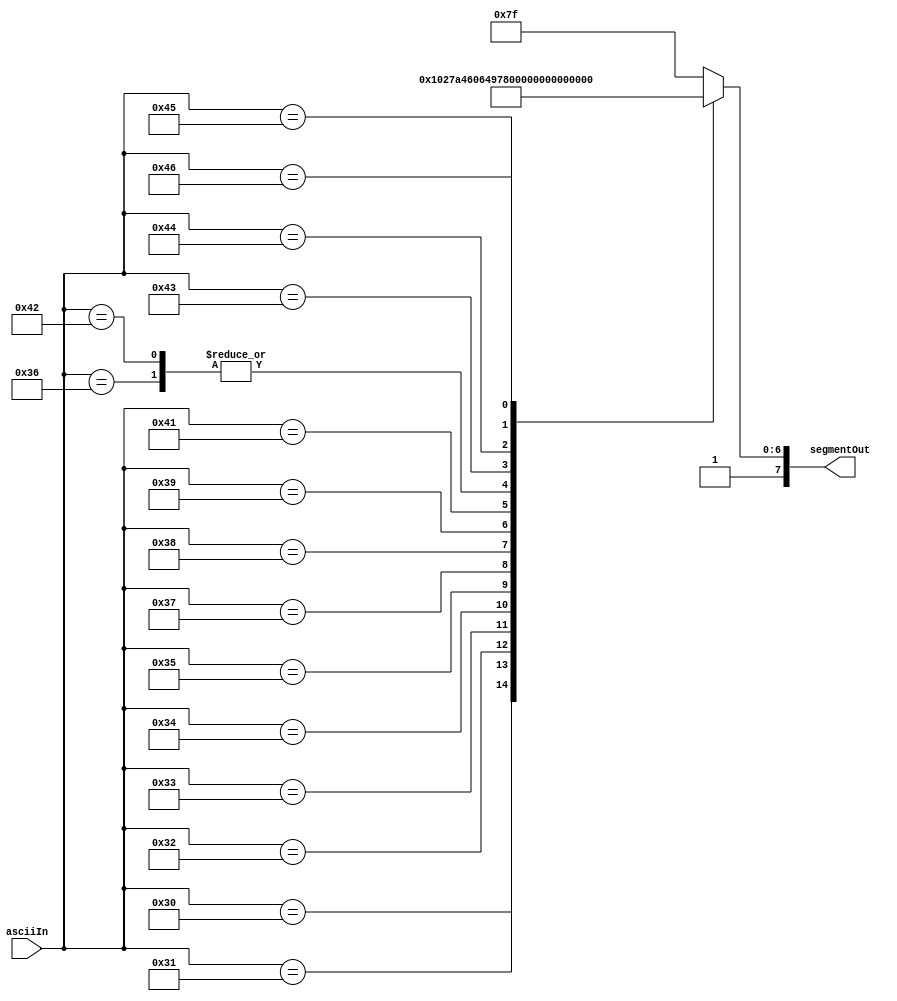
`timescale 1ns / 1ps
//////////////////////////////////////////////////////////////////////////////////
// Company: 
// Engineer: 
// 
// Design Name: 
// Module Name:    ascii_convert 
// Project Name: 
// Target Devices: 
// Tool versions: 
// Description: 
//
// Dependencies: 
//
// Revision: 
// Revision 0.01 - File Created
// Additional Comments: 
//
//////////////////////////////////////////////////////////////////////////////////
module ascii_convert(
input      [7:0] asciiIn,
output reg [7:0] segmentOut
 );

always @ (*)
begin
	case(asciiIn)
		"0" : segmentOut = 8'b11000000; //to display 0
		"1" : segmentOut = 8'b11001111; //to display 1
		"2" : segmentOut = 8'b10100100; //to display 2
		"3" : segmentOut = 8'b10110000; //to display 3
		"4" : segmentOut = 8'b10011001; //to display 4
		"5" : segmentOut = 8'b10010010; //to display 5
		"6" : segmentOut = 8'b10000011; //to display 6
		"7" : segmentOut = 8'b11111000; //to display 7
		"8" : segmentOut = 8'b10000000; //to display 8
		"9" : segmentOut = 8'b10011000; //to display 9
		"A" : segmentOut = 8'b10001000; //to display A
		"B" : segmentOut = 8'b10000011; //to display B
		"C" : segmentOut = 8'b11000110; //to display C
		"D" : segmentOut = 8'b10100001; //to display D
		"E" : segmentOut = 8'b10000110; //to display E
		"F" : segmentOut = 8'b10001110; //to display F
		default : segmentOut = 8'b11111111; //blank
	endcase
end

endmodule